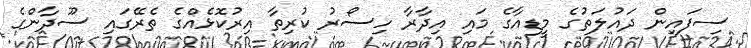
ސިފައިން ދައުލަތުގެ މީޑިއާގެ މައި އިދާރާ ހިސޯރު ކުރިތާ އިރުކޮޅެއްގެ ތެރޭގައި ސޫދާންގެ